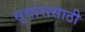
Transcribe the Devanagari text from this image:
सुधारासाठी